Vaccination in Bombay 1902-1912 - 1902-1912
Year: 1902
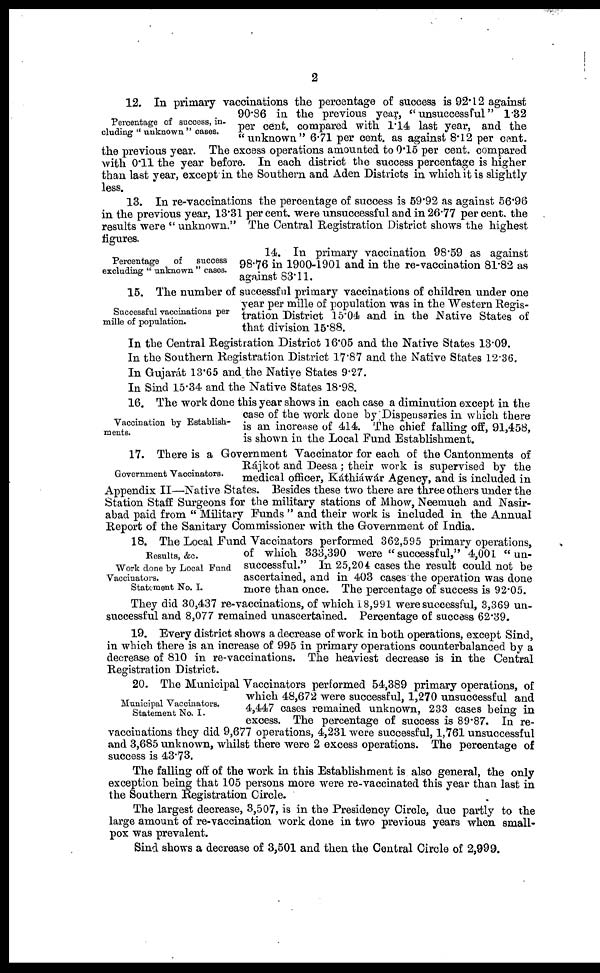
2
Percentage of success, in-
cluding " unknown " cases.
12. In primary vaccinations the percentage of success is 92.12 against
90.86 in the previous year, "unsuccessful" 1.32
per cent. compared with 1.14 last year, and the
"unknown" 6.71 per cent. as against 8.12 per cent.
the previous year. The excess operations amounted to 0.15 per cent. compared
with 0.11 the year before. In each district the success percentage is higher
than last year, except in the Southern and Aden Districts in which it is slightly
less.
13. In re-vaccinations the percentage of success is 59.92 as against 56.96
in the previous year, 13.31 per cent. were unsuccessful and in 26.77 per cent. the
results were "unknown." The Central Registration District shows the highest
figures.
Percentage
of
success
excluding " unknown " cases.
14. In primary vaccination 98.59 as against
98.76 in 1900-1901 and in the re-vaccination 81.82 as
against 83.11.
Successful vaccinations per
mille of population.
15. The number of successful primary vaccinations of children under one
year per mille of population was in the Western Regis-
tration District 15.04 and in the Native States of
that division 15.88.
In the Central Registration District 16.05 and the Native States 13.09.
In the Southern Registration District 17.87 and the Native States 12.36.
In Gujarát 13.65 and the Native States 9.27.
In Sind 15.34 and the Native States 18.98.
Vaccination by Establish-
ments.
16. The work done this year shows in each case a diminution except in the
case of the work done by Dispensaries in which there
is an increase of 414. The chief falling off, 91,458,
is shown in the Local Fund Establishment.
Government Vaccinators.
17. There is a Government Vaccinator for each of the Cantonments of
Rájkot and Deesa; their work is supervised by the
medical officer, Káthiáwár Agency, and is included in
Appendix II—Native States. Besides these two there are three others under the
Station Staff Surgeons for the military stations of Mhow, Neemuch and Nasir¬
abad paid from " Military Funds " and their work is included in the Annual
Report of the Sanitary Commissioner with the Government of India.
Results, &c.
Work done by Local Fund
Vaccinators.
Statement No. I.
18. The Local Fund Vaccinators performed 362,595 primary operations,
of which 333,390 were "successful," 4,001 "un-
successful." In 25,204 cases the result could not be
ascertained, and in 403 cases the operation was done
more than once. The percentage of success is 92.05.
They did 30,437 re-vaccinations, of which 18,991 were successful, 3,369 un-
successful and 8,077 remained unascertained. Percentage of success 62.39.
19. Every district shows a decrease of work in both operations, except Sind,
in which there is an increase of 995 in primary operations counterbalanced by a
decrease of 810 in re-vaccinations. The heaviest decrease is in the Central
Registration District.
Municipal Vaccinators.
Statement No. I.
20. The Municipal Vaccinators performed 54,389 primary operations, of
which 48,672 were successful, 1,270 unsuccessful and
4,447 cases remained unknown, 233 cases being in
excess. The percentage of success is 89.87. In re¬
vaccinations they did 9,677 operations, 4,231 were successful, 1,761 unsuccessful
and 3,685 unknown, whilst there were 2 excess operations. The percentage of
success is 43.73.
The falling off of the work in this Establishment is also general, the only
exception being that 105 persons more were re-vaccinated this year than last in
the Southern Registration Circle.
The largest decrease, 3,507, is in the Presidency Circle, due partly to the
large amount of re-vaccination work done in two previous years when small-
pox was prevalent.
Sind shows a decrease of 3,501 and then the Central Circle of 2,999.